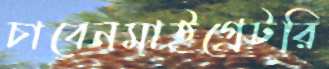
চাবেনমাইগ্রেটরি